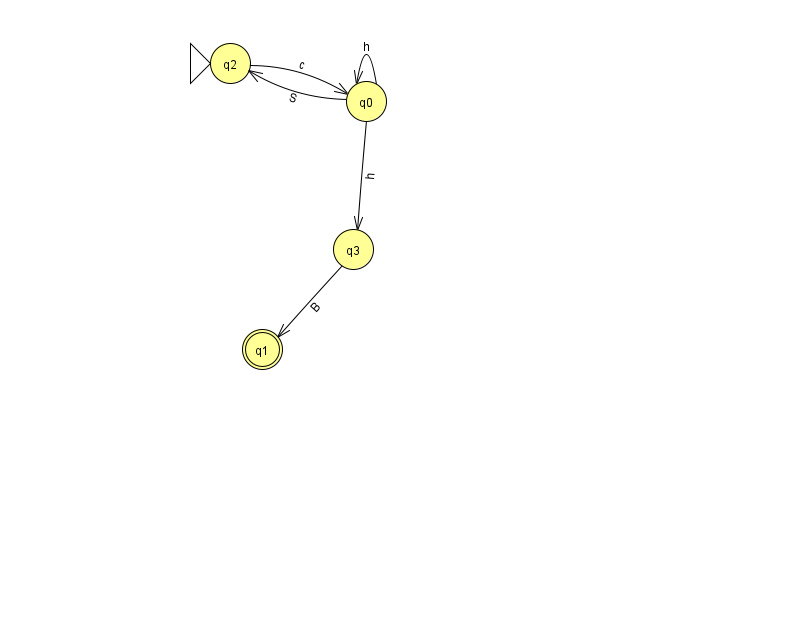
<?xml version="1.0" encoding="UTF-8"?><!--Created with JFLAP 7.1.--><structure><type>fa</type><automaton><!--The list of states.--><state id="0" name="q0"><x>366.0</x><y>88.0</y></state><state id="1" name="q1"><x>262.0</x><y>336.0</y><final/></state><state id="2" name="q2"><x>230.0</x><y>50.0</y><initial/></state><state id="3" name="q3"><x>353.0</x><y>236.0</y></state><!--The list of transitions.--><transition><from>3</from><to>1</to><read>B</read></transition><transition><from>0</from><to>3</to><read>h</read></transition><transition><from>0</from><to>0</to><read>h</read></transition><transition><from>0</from><to>2</to><read>S</read></transition><transition><from>2</from><to>0</to><read>c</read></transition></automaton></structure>